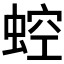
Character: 𧌆